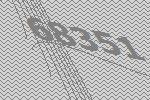
68351